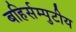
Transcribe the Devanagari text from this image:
बहिर्सम्पुटीय